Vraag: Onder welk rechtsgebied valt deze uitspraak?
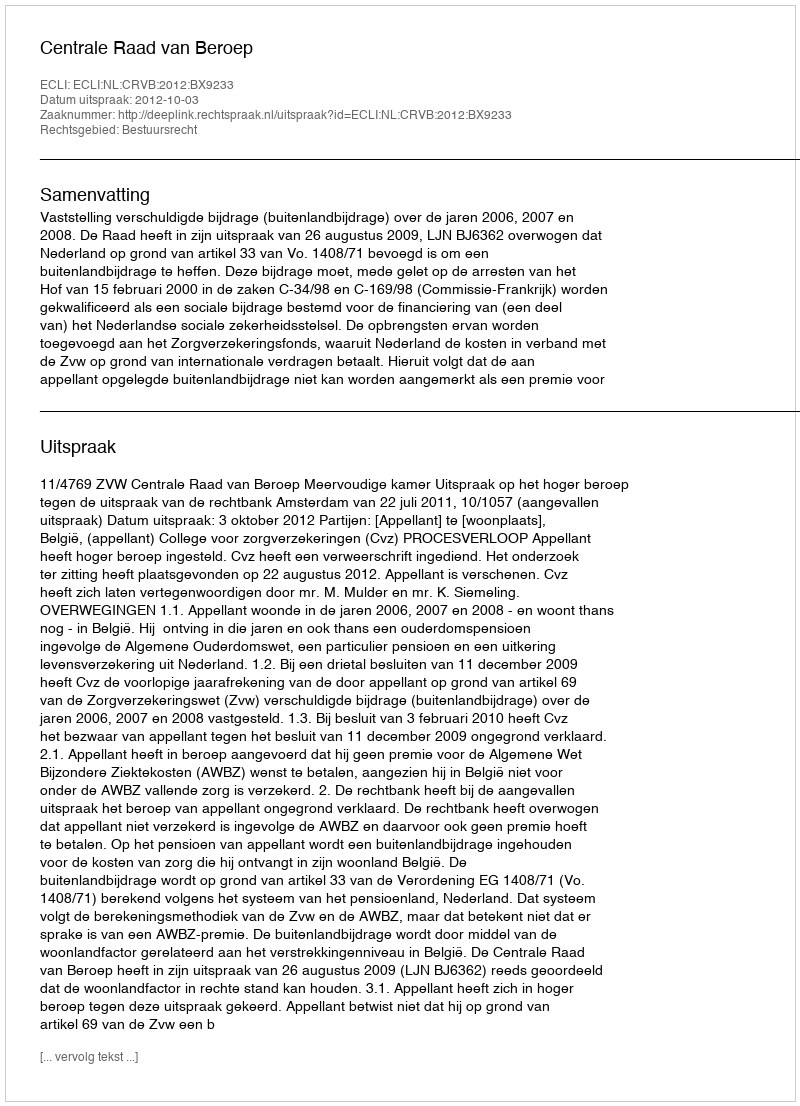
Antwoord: Bestuursrecht